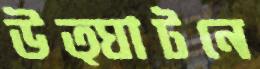
উত্ঘাটনে